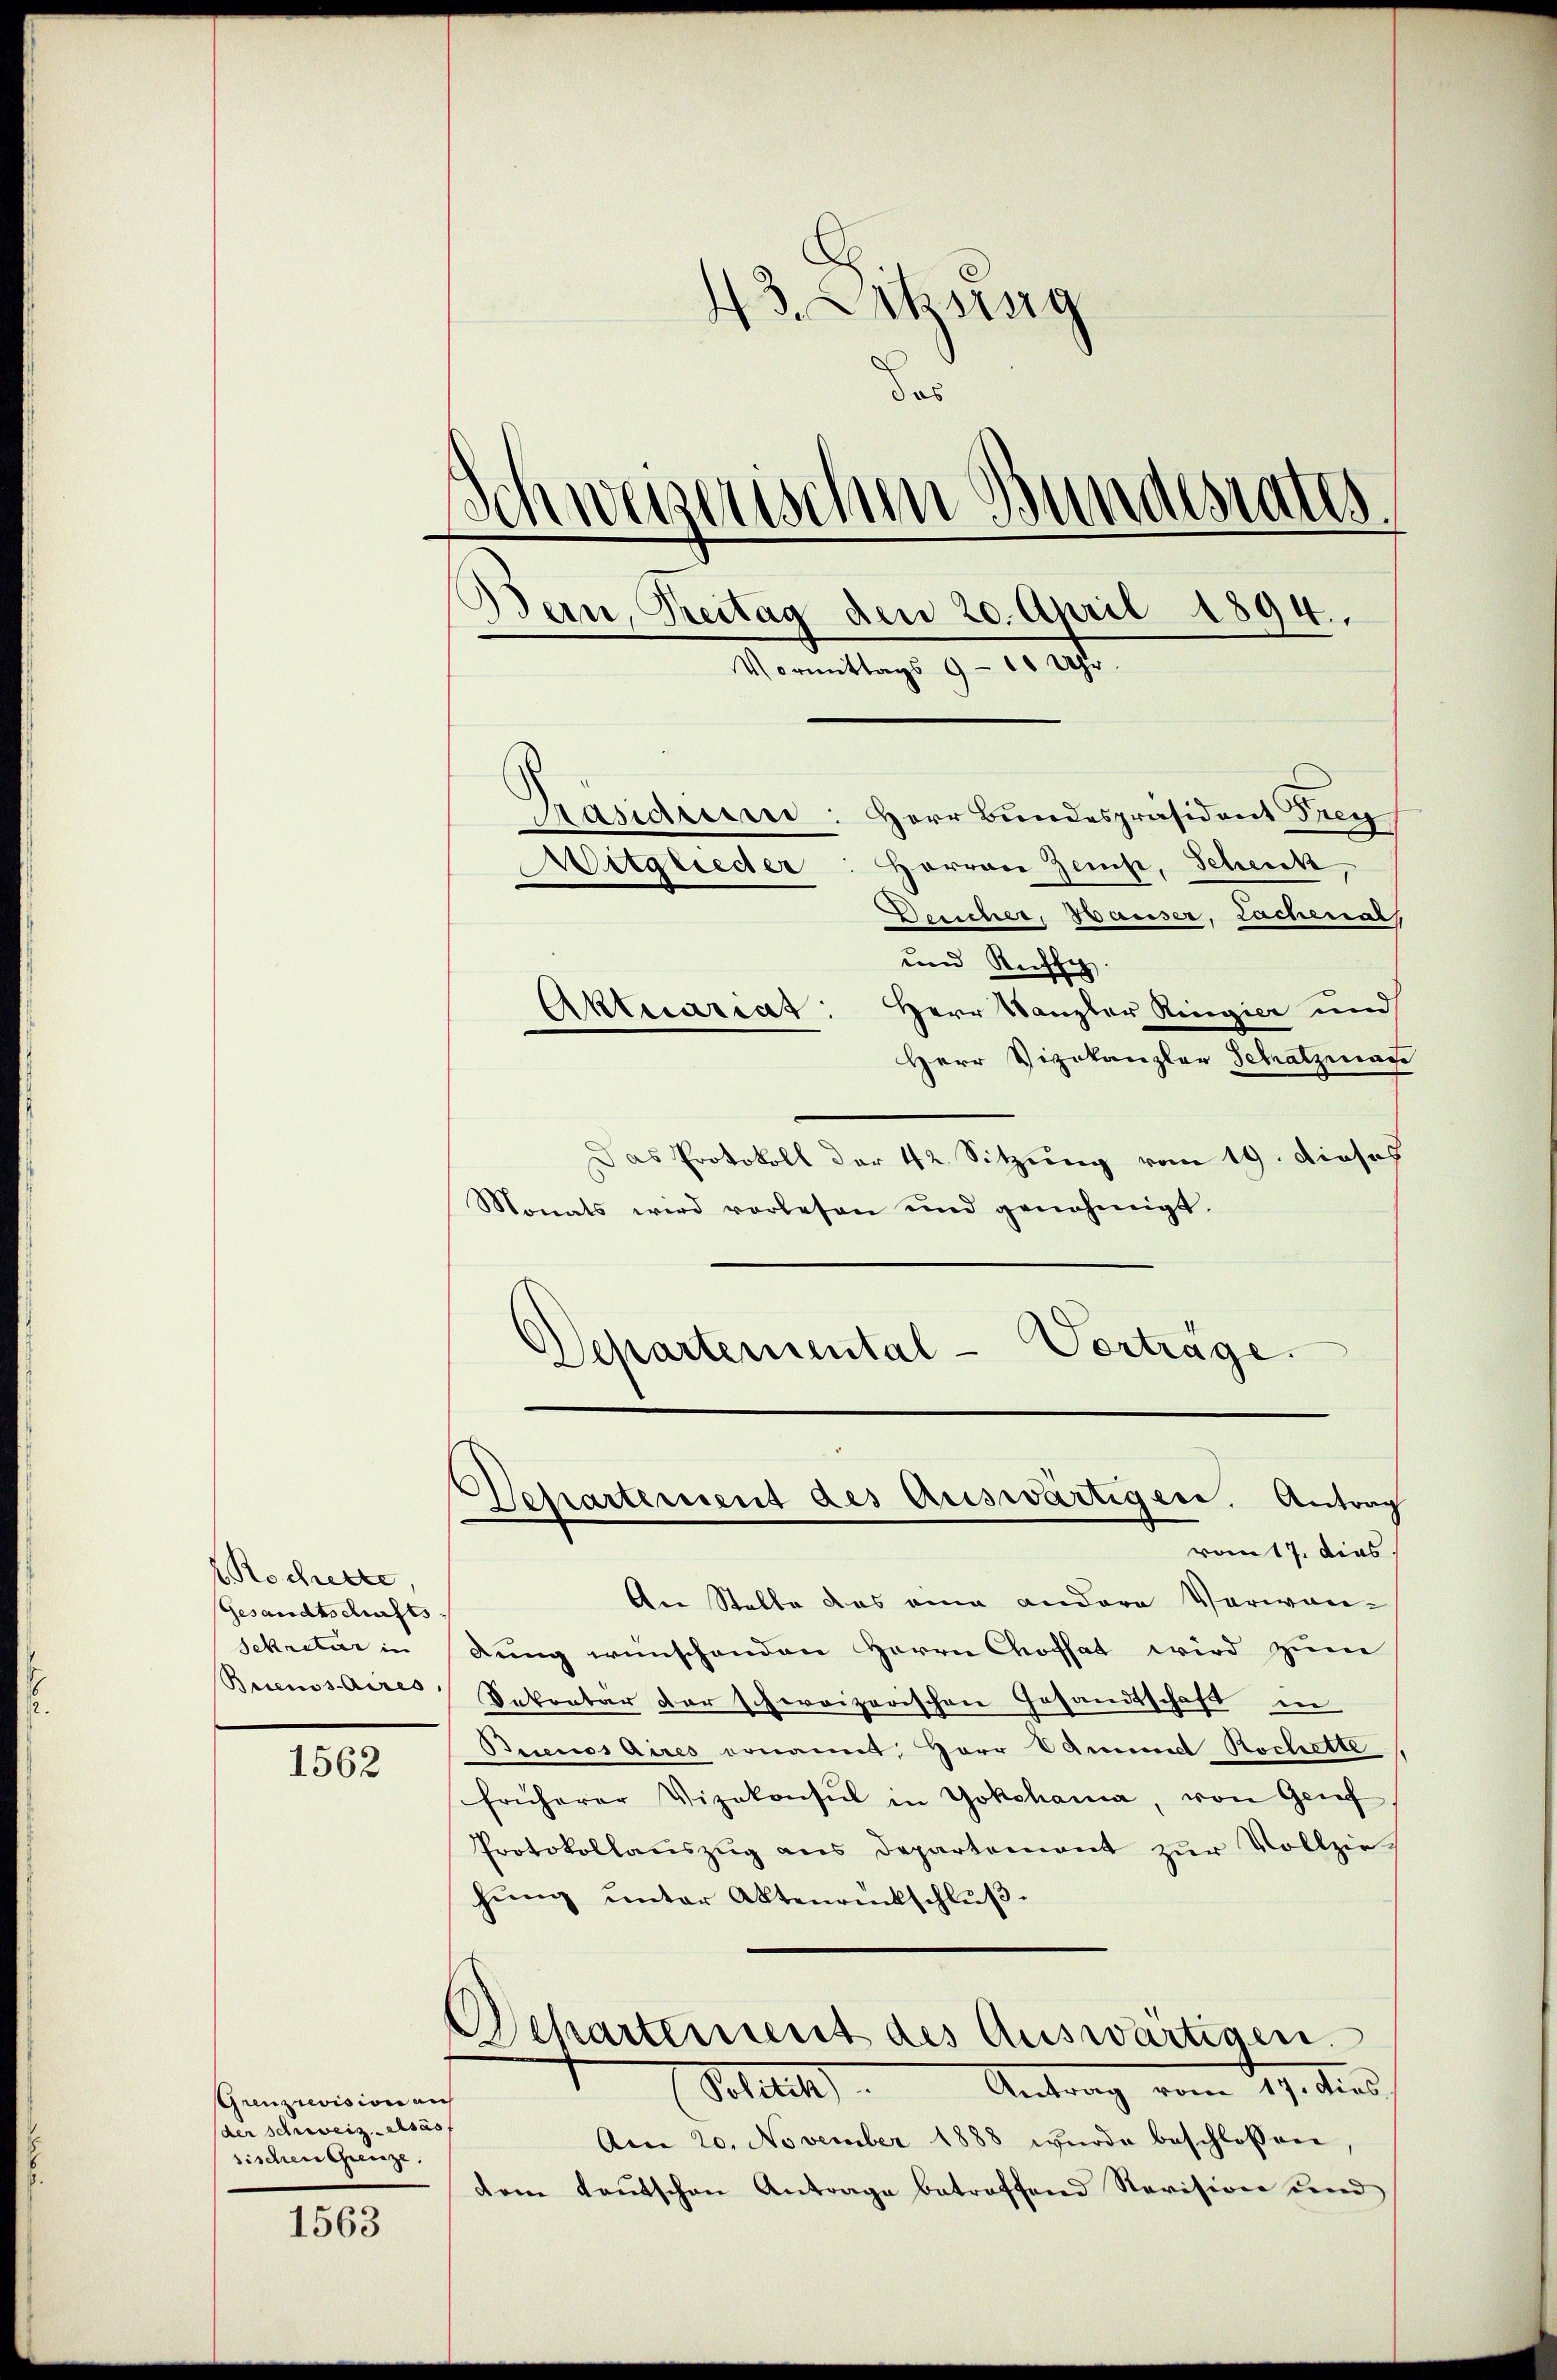
1562

1563

13. Ortsisig
dos
Schweizerischen Bundesrates,
Bern, Treitag den 20. April 1894.
Vormittags 9 - 10 Uhr.
Präsiden: Herr Bundespräsident Frey
Horrone Zeis, Scheick,
Mitglieder
Deucher, Hauser, Lachenal

Rocherte,
Gesandtschafts
Sekretär in
Bricus Aires

Grenzrevision auch
der schweiz. Alsas
sischen Grenze.

und Richtig.
Aktuariat: Herr Kanzler Ringier und
Herr Vizekanzler Schatzman
Das Protokoll der 42. Sitzung vom 19. dieses
Monats wird vorlesen und genehmigt.
Departemental-Vorträge.

Separtement des auswärtigen. Antrag
vom 17. dies

An Stelle das eine andere Verwandung wünschenden Herrn Chofsat wird zum
Sekretar der schweizerischen Gesandtschaft in
Brinos Aires ernant, Herr Sammt Stochette
früherer Vizekonsul in Yokohama, von Grif
Protokollauszug aus Departement zur Vollzie
hŭng ŭnter Aktenantschlŭβ
Departement des Auswärtigen.
Antrag vom 17. dies
Petitute
Am 20. November 1888 wurde beschlossen,
dem Kaŭtschen Antrage betroffend Revision und